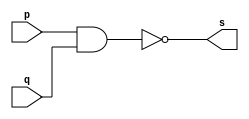
// --------------------- 
// Exercicio01-01 - NAND
// Nome: Lucas Siqueira Chagas	 
// --------------------- 
// --------------------- 
// -- Nand
// --------------------- 
module nandgate (output s, 
input p, 
input q); 
assign s = ~(p&q); 
endmodule // nandgate 
// --------------------- 
// -- test nandgate 
// --------------------- 
module testnandgate; 
// ------------------------- dados locais 
reg a,b; // definir registrador 
wire s; // definir conexao (fio) 
// ------------------------- instancia 
nandgate NAND1 (s, a, b); 
// ------------------------- preparacao 
initial begin:start 
a=0; 
b=0;
end 
// ------------------------- parte principal 
initial begin:main 
$display("Exercicio01-01 - Lucas Siqueira Chagas - 380783"); 
$display("Test nand gate"); 
$display("\n a NAND b = s\n"); 
a=0; b=0;
#1 $display("~(%b & %b) = %b", a, b, s); 
a=0; b=1;
#1 $display("~(%b & %b) = %b", a, b, s); 
a=1; b=0;
#1 $display("~(%b & %b) = %b", a, b, s); 
a=1; b=1;
#1 $display("~(%b & %b) = %b", a, b, s); 
end 
endmodule // testnandgate